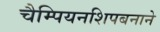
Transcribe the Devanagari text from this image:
चैम्पियनशिपबनाने